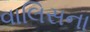
વાલિસના